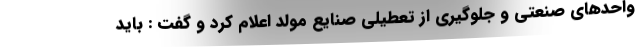
واحدهای صنعتی و جلوگیری از تعطیلی صنایع مولد اعلام کرد و گفت : باید